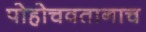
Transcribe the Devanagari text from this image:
पोहोचवतानाच